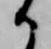
か